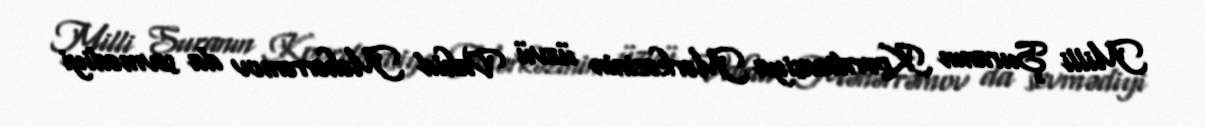
Milli Şuranın Koordinasiya Mərkəzinin üzvü Vahid Məhərrəmov da sevmədiyi